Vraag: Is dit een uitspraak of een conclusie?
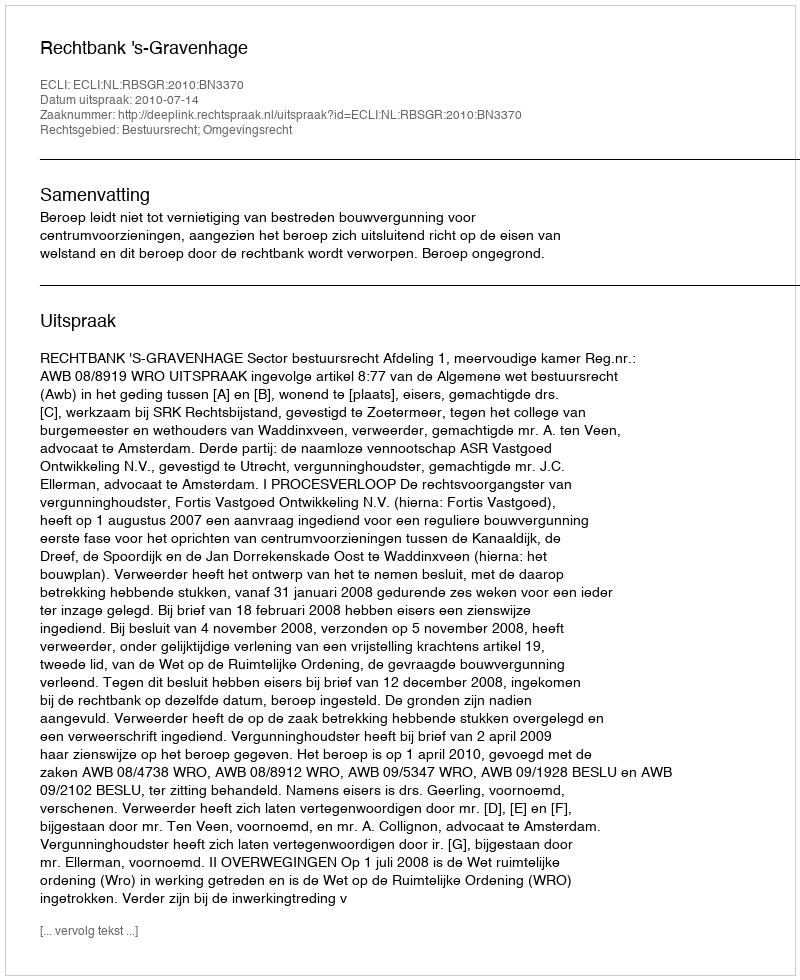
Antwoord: Uitspraak